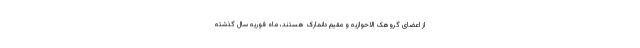
از اعضای گروهک الاحوازیه و مقیم دانمارک هستند، ماه فوریه سال گذشته